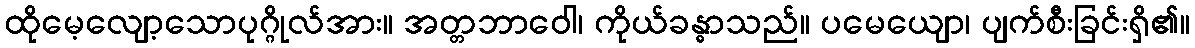
ထိုမေ့လျော့သောပုဂ္ဂိုလ်အား။ အတ္တဘာဝေါ၊ ကိုယ်ခန္ဓာသည်။ ပမေယျော၊ ပျက်စီးခြင်းရှိ၏။